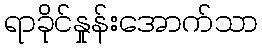
ရာခိုင်နှုန်းအောက်သာ